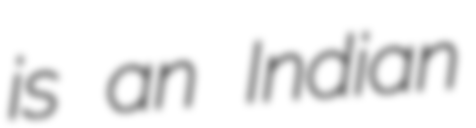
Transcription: is an Indian